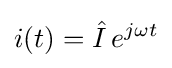
i(t)={\hat {I}}\,e^{j\omega t}